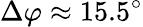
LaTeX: \Delta\varphi\approx 15.5^{\circ}